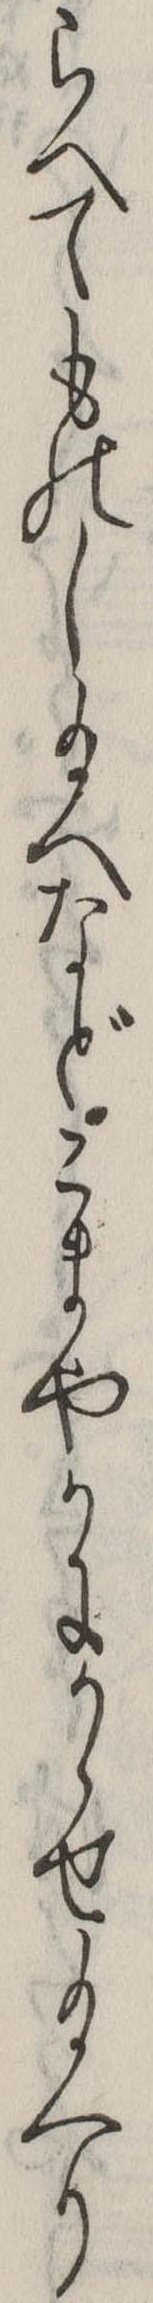
らへてものし給へなどこまやかにかゝせ給へり